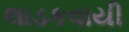
લાડકવાયી